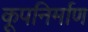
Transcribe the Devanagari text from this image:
कूपनिर्माण